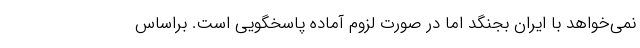
نمی‌خواهد با ایران بجنگد اما در صورت لزوم آماده پاسخگویی است. براساس